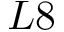
L 8